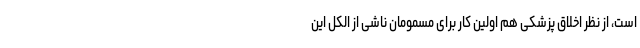
است، از نظر اخلاق پزشکی هم اولین کار برای مسمومان ناشی از الکل این